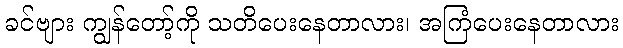
ခင်ဗျား ကျွန်တော့်ကို သတိပေးနေတာလား၊ အကြံပေးနေတာလား